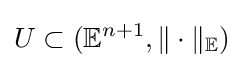
U\subset (\mathbb {E} ^{n+1},\|\cdot \|_{\mathbb {E} })